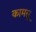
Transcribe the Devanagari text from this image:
कामसू